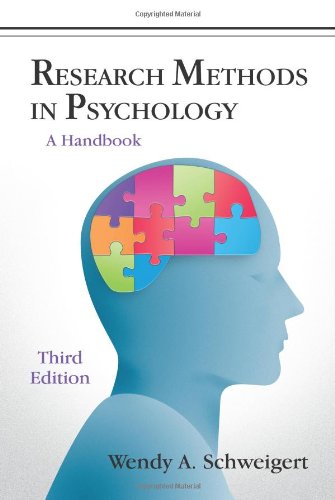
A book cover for Research Methods in Psychology: A Handbook; Wendy A. Schweigert; Medical Books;